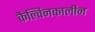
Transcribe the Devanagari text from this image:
कैल्विनकालीन